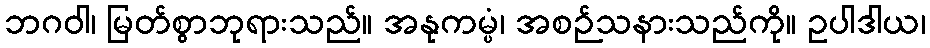
ဘဂဝါ၊ မြတ်စွာဘုရားသည်။ အနုကမ္ပံ၊ အစဉ်သနားသည်ကို။ ဥပါဒါယ၊